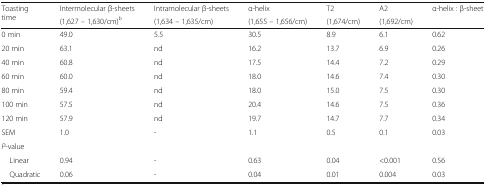
<table><thead><tr><td rowspan="2"><b>Toasting time</b></td><td><b>Intermolecular β-sheets</b></td><td><b>Intramolecular β-sheets</b></td><td><b>α-helix</b></td><td><b>T2</b></td><td><b>A2</b></td><td><b>α-helix : β-sheet</b></td></tr><tr><td><b>(1,627 – 1,630/cm)<sup>b</sup></b></td><td><b>(1,634 – 1,635/cm)</b></td><td><b>(1,655 – 1,656/cm)</b></td><td><b>(1,674/cm)</b></td><td><b>(1,692/cm)</b></td><td></td></tr></thead><tbody><tr><td>0 min</td><td>49.0</td><td>5.5</td><td>30.5</td><td>8.9</td><td>6.1</td><td>0.62</td></tr><tr><td>20 min</td><td>63.1</td><td>nd</td><td>16.2</td><td>13.7</td><td>6.9</td><td>0.26</td></tr><tr><td>40 min</td><td>60.8</td><td>nd</td><td>17.5</td><td>14.4</td><td>7.2</td><td>0.29</td></tr><tr><td>60 min</td><td>60.0</td><td>nd</td><td>18.0</td><td>14.6</td><td>7.4</td><td>0.30</td></tr><tr><td>80 min</td><td>59.4</td><td>nd</td><td>18.0</td><td>15.0</td><td>7.5</td><td>0.30</td></tr><tr><td>100 min</td><td>57.5</td><td>nd</td><td>20.4</td><td>14.6</td><td>7.5</td><td>0.36</td></tr><tr><td>120 min</td><td>57.9</td><td>nd</td><td>19.7</td><td>14.7</td><td>7.7</td><td>0.34</td></tr><tr><td>SEM</td><td>1.0</td><td>-</td><td>1.1</td><td>0.5</td><td>0.1</td><td>0.03</td></tr><tr><td colspan="7"><i>P</i>-value</td></tr><tr><td> Linear</td><td>0.94</td><td>-</td><td>0.63</td><td>0.04</td><td>&lt;0.001</td><td>0.56</td></tr><tr><td> Quadratic</td><td>0.06</td><td>-</td><td>0.04</td><td>0.01</td><td>0.004</td><td>0.03</td></tr></tbody></table>